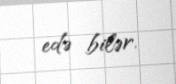
edə bilər.